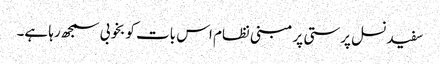
سفید نسل پرستی پر مبنی نظام اس بات کو بخوبی سمجھ رہا ہے۔